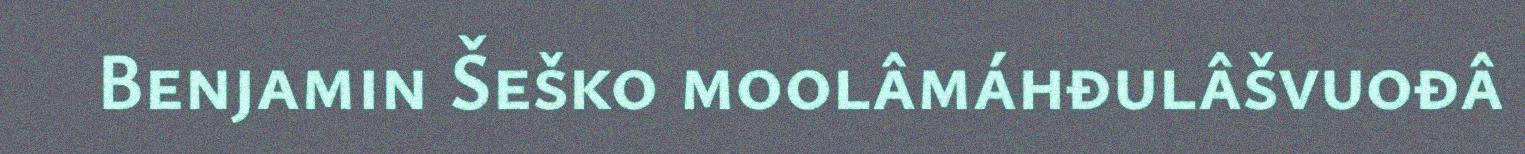
Benjamin Šeško moolâmáhđulâšvuođâ